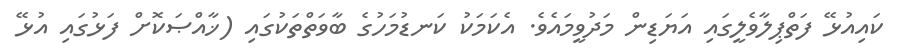
ކައިއުޅޭ ފަތްޕިލާވެލީގައި އަޔަޑިން މަދުވީމައެވެ. އެކަމަކު ކަނޑުމަހުގެ ބާވަތްތަކުގައި (ޚާއްޞަކޮށް ފަޅުގައި އުޅޭ